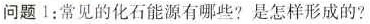
问题1：常见的化石能源有哪些?是怎样形成的?